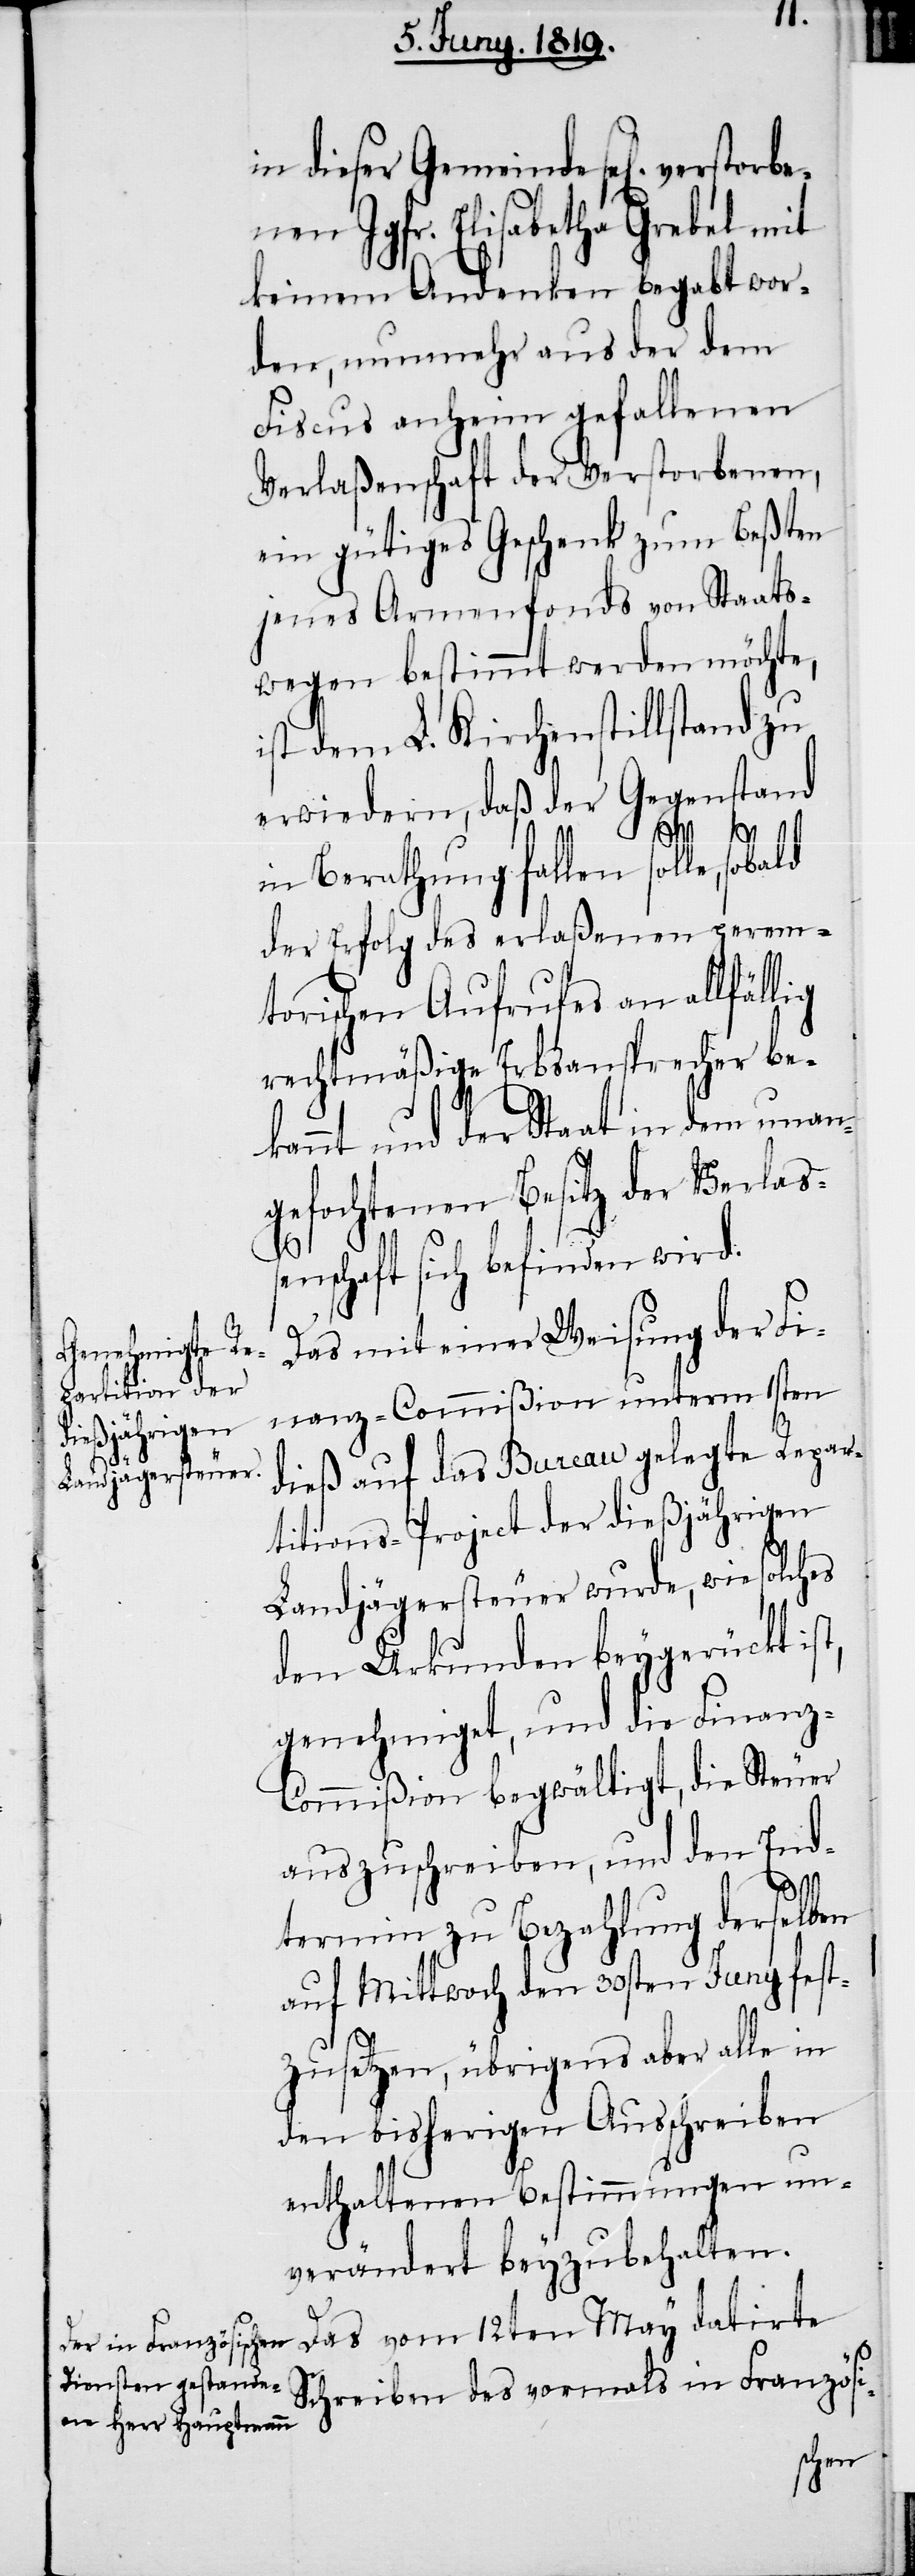
orb¬

in dieser Gemeinde sel[ig] verst¬
enen Jgfr. Elisabetha Grebel mit
keinem Andenken begabt wor¬
den, nunmehr aus der dem
Fiscus anheim gefallenen
Verlaßenschaft der Verstorbenen,
ein gütiges Geschenk zum Beßten
jenes Armenfonds von Staats¬
wegen bestimmt werden möchte,
ist dem L. Kirchenstillstand zu
erwiedern, daß der Gegenstand
in Berathung fallen solle, sobald
der Erfolg des erlaßenen perem¬
torischen Aufrufes an allfällig
rechtmäßige Erbsansprecher be¬
kannt und der Staat in dem unan¬
gefochtenen Besitz der Verlas¬
senschaft sich befinden wird.
Das mit einer Weisung der Fi¬
nanz-Commißion unterm 1sten
dieß auf das Bureau gelegte Repar¬
titions-Project der dießjährigen
Landjägersteuer wurde, wie solches
den Urkunden beygerückt ist,
genehmiget, und die Finanz-C¬
ommißion begwältigt, die Steuer
auszuschreiben, und den End¬
termin zu Bezahlung derselben
auf Mittwoch den 30sten Juny fest¬
zusetzen, übrigens aber alle in
den bisherigen Ausschreiben
enthaltenen Bestimmungen un¬
verändert beyzubehalten.
Das vom 12ten May datirte
Schreiben des vormals in Französi-